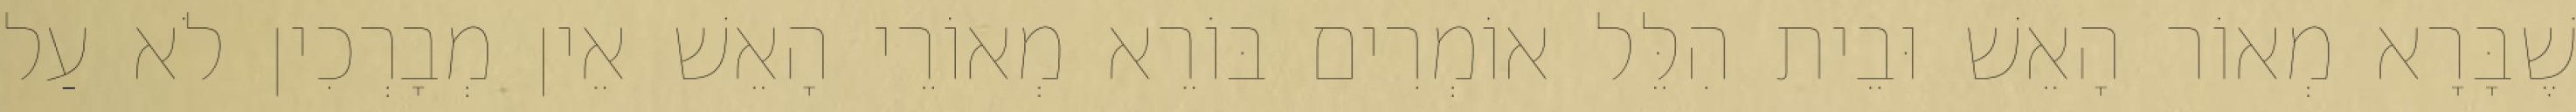
שֶׁבָּרָא מְאוֹר הָאֵשׁ וּבֵית הִלֵּל אוֹמְרִים בּוֹרֵא מְאוֹרֵי הָאֵשׁ אֵין מְבָרְכִין לֹא עַל